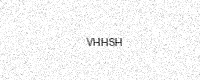
Text: VHHSH